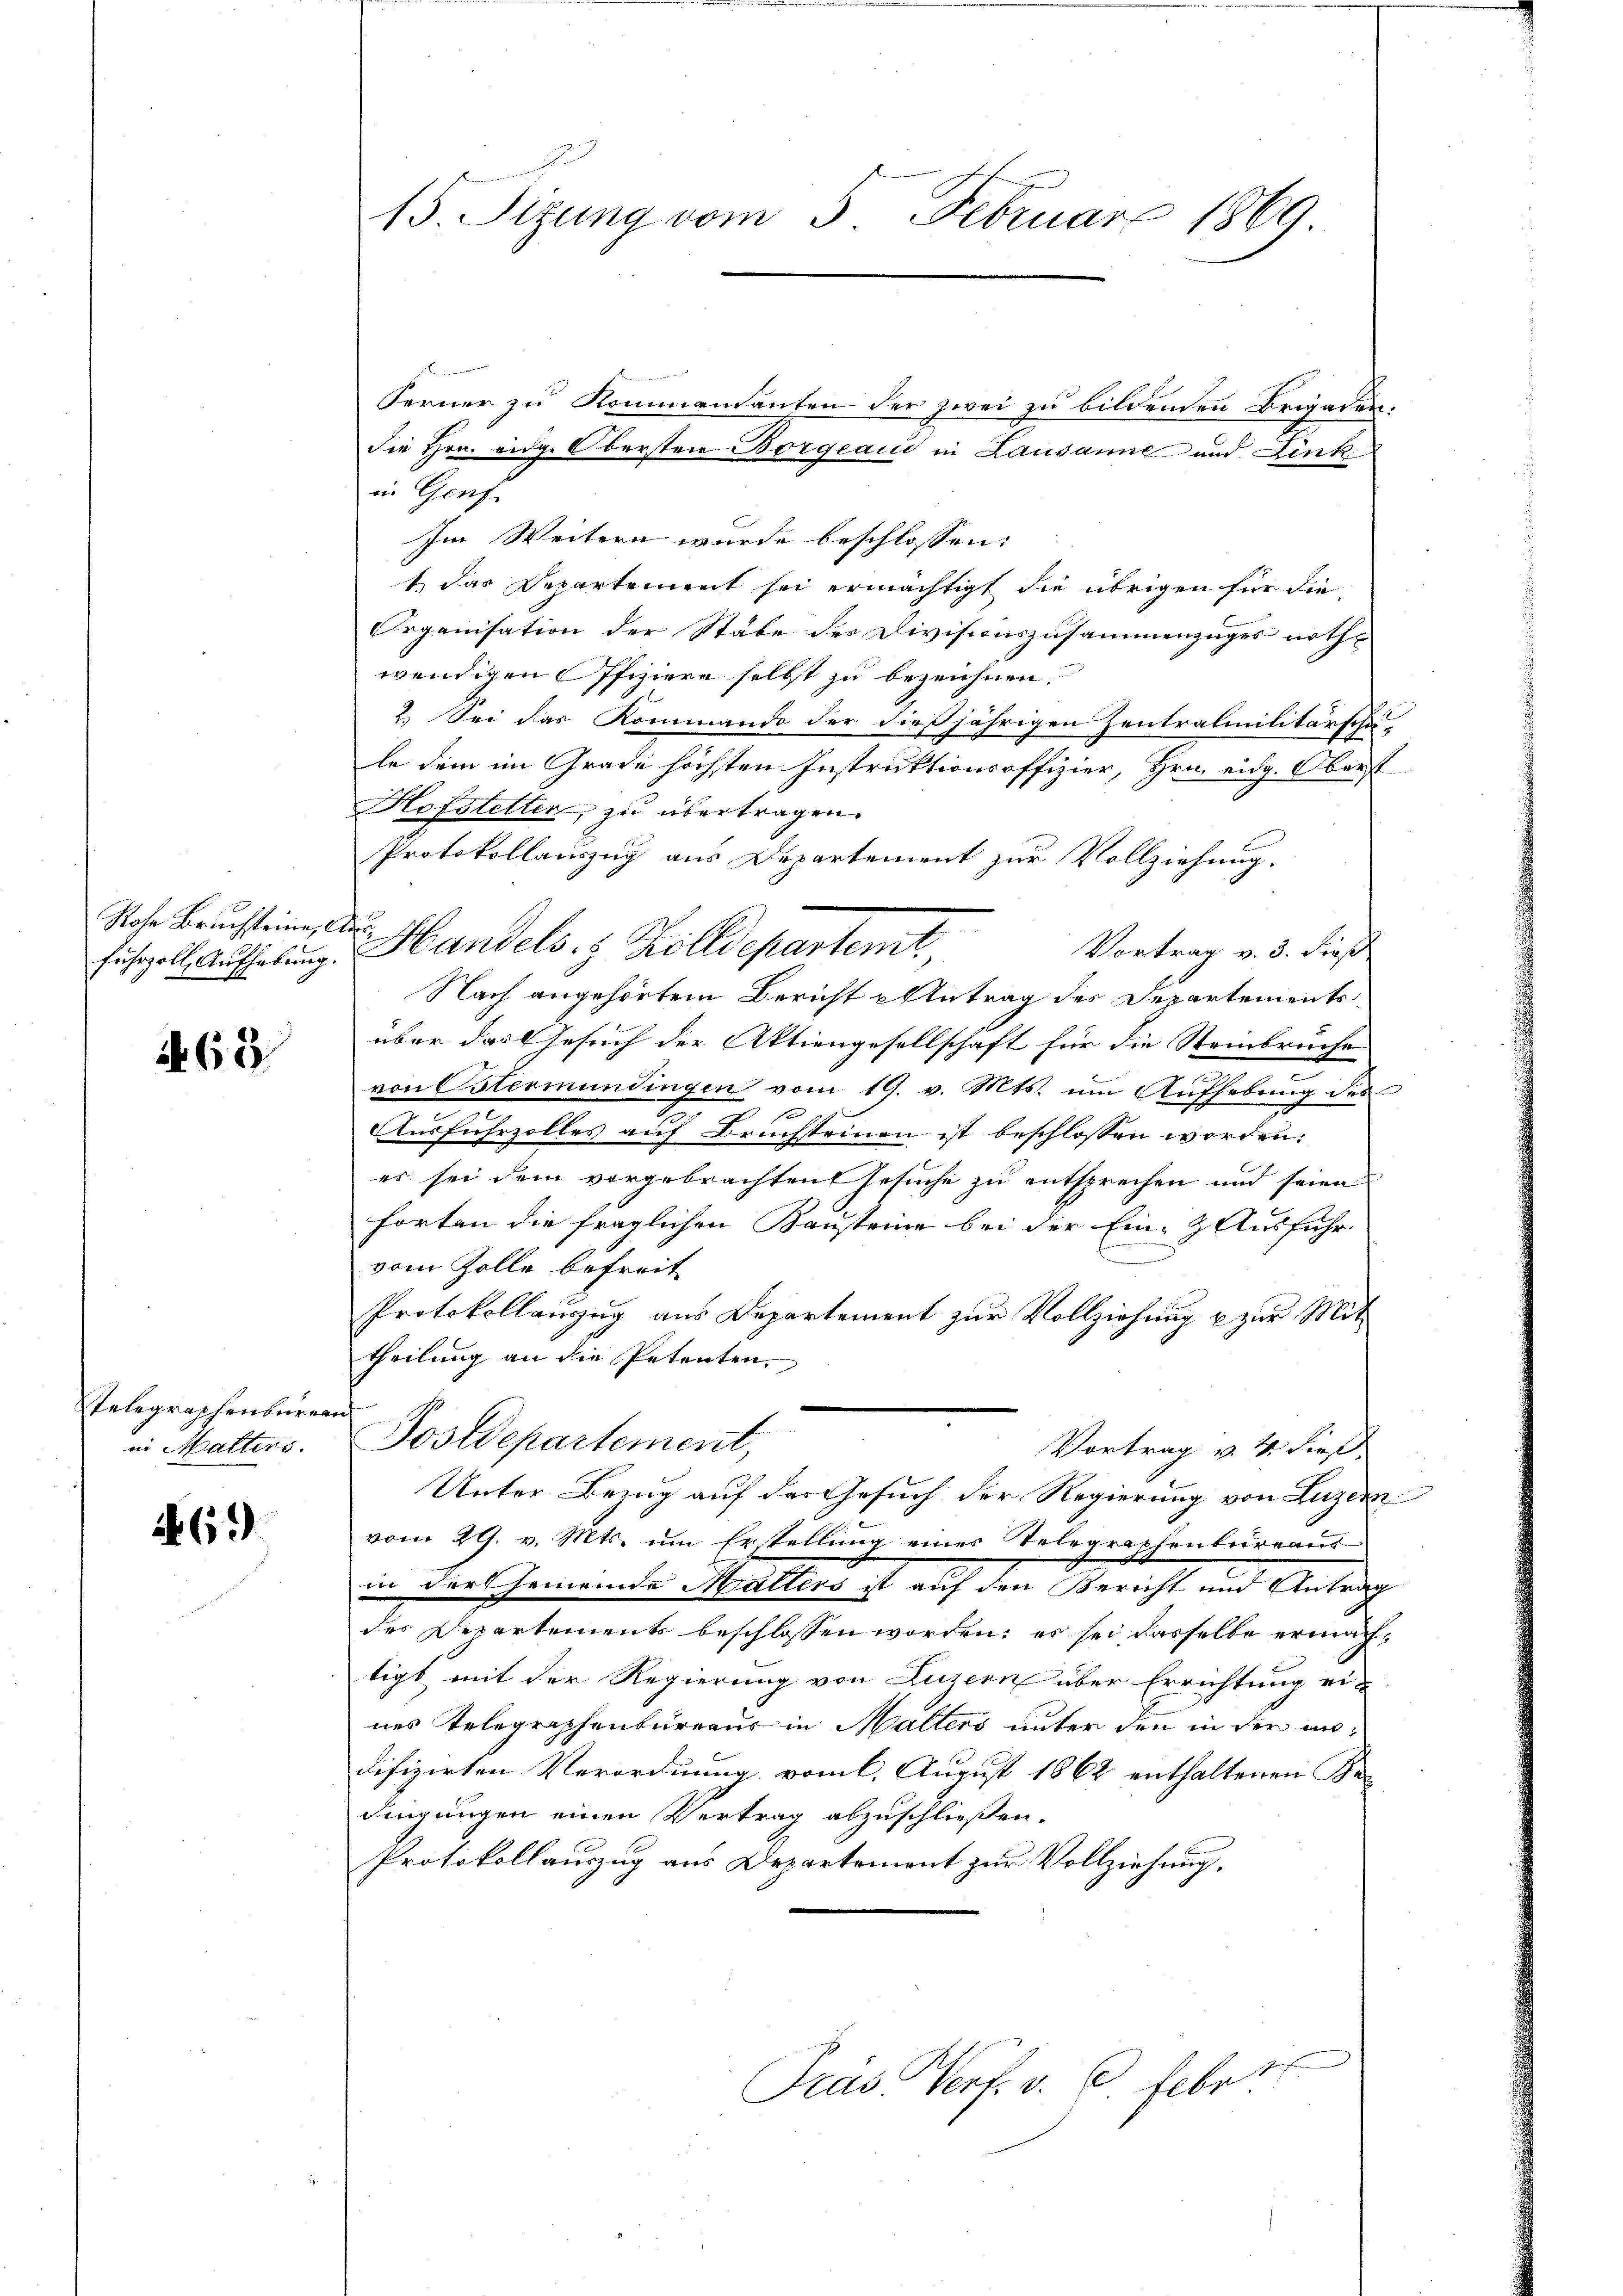
Rohe Bruchsteine,
fuhrzoll, Aufhebung.

63

Telegraphenburea
in Mattens.

A69

15 Sizung vom 5. Februar 1869

F
Ferner zu Kommendanten der zwei zu bildenden Brigaden-
die Hrn. eidge Obersten Borgeaud in Lausanne und Denk
in Genf
Im Weitern wurde beschlossen:
1 das Departement sei ermächtigt die übrigen für die
Organisation der Stäbe des Divisionszusammenzuges nothwendigen Offiziere selbst zu bezeichnen.
2.) Sei das Kommando der dießjährigen Zentralmilitärschä-
le dem im Grade höchsten Instruktionsoffizier, Hrn. eidg. Oberst
Hofstetter, zu übertragen.
Protokollauszug aus Departement zur Vollziehung.
f
 Handels. 8 Zolldepartemt
Vortrag v. 3. dieß
Nach angehörtem Bericht u Antrag des Departements
über das Gesuch der Aktiengesellschaft für die Steinbruche
von Ostermündingen vom 19. v. Mts. um Aufhebung des
d
Ausfuhrzolles auf Bruchsteinen ist beschlossen worden:
es sei dem vorgebrachten Gesuche zu entsprechen und seien
forten die fraglichen Bausteine bei der Ein-ZAusführ
vom Zolle befreit
Protokollanzug aus Departement zur Vollziehung u zur Mittheilung an die Petenten.
H
Postdepartement,
Vortrag v. 4. dies
Unter Bezug auf das Gesuch der Regierung von Luzden
vom 29. v. Mts. um Erstellung eines Telegraphenbureaus
in der Gemeinde Malters ist auf den Bericht und Antrag
des Departements beschlossen worden; es sei dasselbe ermächtigt mit der Regierung von Luzern über Errichtung ei-
nes Telegraphenbureaus in Malters unter den in der undifizirten Verordnung vom 6. August 1862 enthaltenen Bedingungen einen Vertrag abzuschließen.
Protokollauszug aus Departement zur Vollziehung.
Pras Verf. v. 6. Febr.